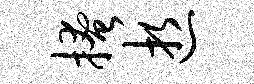
掩逝